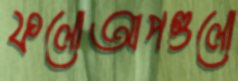
ফলোআপগুলো